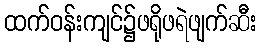
ထက်ဝန်းကျင်၌ဖရိုဖရဲဖျက်ဆီး